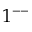
1 ^ { -- }